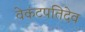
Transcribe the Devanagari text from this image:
वेकंटपतिदेव